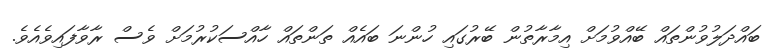
ބައްދަލުވުންތައް ބޭއްވުމަށް އިމާރާތުން ބޭރުގައި ހުންނަ ބައެއް ތަންތައް ހާއްސަކުރުމަށް ވެސް ރާވާފައިވެއެވެ.